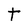
Character: t